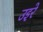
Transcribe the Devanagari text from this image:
उइरे